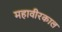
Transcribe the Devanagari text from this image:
महावीरकाल